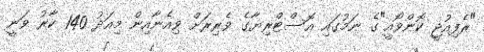
"ރެފިއުޖީ ކޮންވޯއީ"ގެ ނަމުގައި އޮސްޓްރިޔާގެ ވެރިރަށް ވިއެނާއިން މިއަދު 140 ކާރު ވަނީ